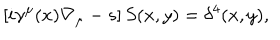
\left[ i \gamma ^ { \mu } ( x ) \nabla _ { \mu } - s \right] S ( x , y ) = \delta ^ { 4 } ( x , y ) ,